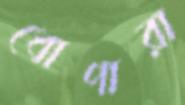
ধোপারা